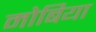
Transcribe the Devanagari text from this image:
मोबिया